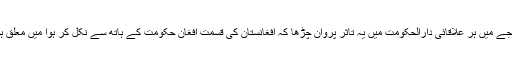
اس کے نتیجے میں ہر علاقائی دارالحکومت میں یہ تاثر پروان چڑھا کہ افغانستان کی قسمت افغان حکومت کے ہاتھ سے نکل کر ہوا میں معلق ہوچکی ہے۔